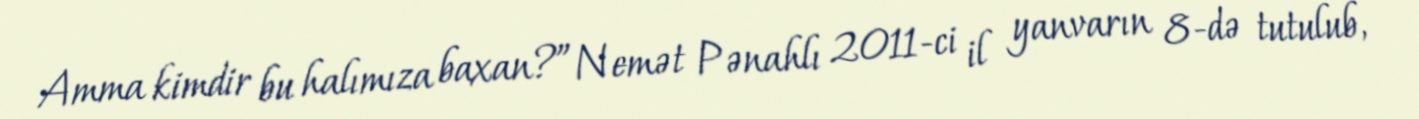
Amma kimdir bu halımıza baxan?”Nemət Pənahlı 2011-ci il yanvarın 8-də tutulub,